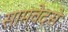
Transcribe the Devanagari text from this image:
सामवेदसे